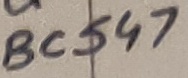
Text: BC547